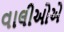
વાલીઓએ